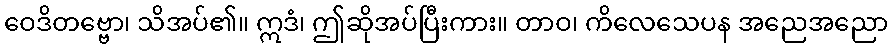
ဝေဒိတဗ္ဗော၊ သိအပ်၏။ ဣဒံ၊ ဤဆိုအပ်ပြီးကား။ တာဝ၊ ကိလေသေပန အညေအညော